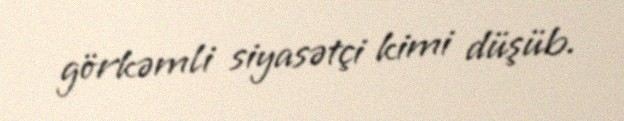
görkəmli siyasətçi kimi düşüb.